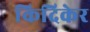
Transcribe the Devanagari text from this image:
किदिकेर